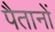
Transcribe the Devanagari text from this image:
पैतानों